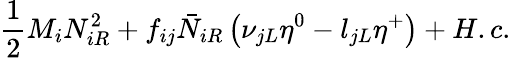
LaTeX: \frac 12M_{i}N_{iR}^{2}+f_{ij}\bar{N}_{iR}\left(\nu_{jL}\eta^{0}-l_{jL}\eta^{+}\right)+H.c.